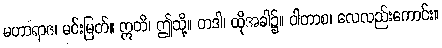
မဟာရာဇ၊ မင်းမြတ်။ ဣတိ၊ ဤသို့။ တဒါ၊ ထိုအခါ၌။ ဝါတာစ၊ လေလည်းကောင်း။